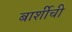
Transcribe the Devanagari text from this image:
बार्शीची